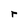
Character: r